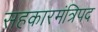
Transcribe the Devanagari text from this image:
सहकारमंत्रिपद